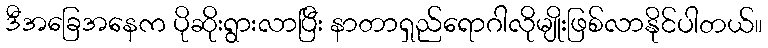
ဒီအခြေအနေက ပိုဆိုးရွားလာပြီး နာတာရှည်ရောဂါလိုမျိုးဖြစ်လာနိုင်ပါတယ်။